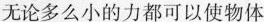
无论多么小的力都可以使物体